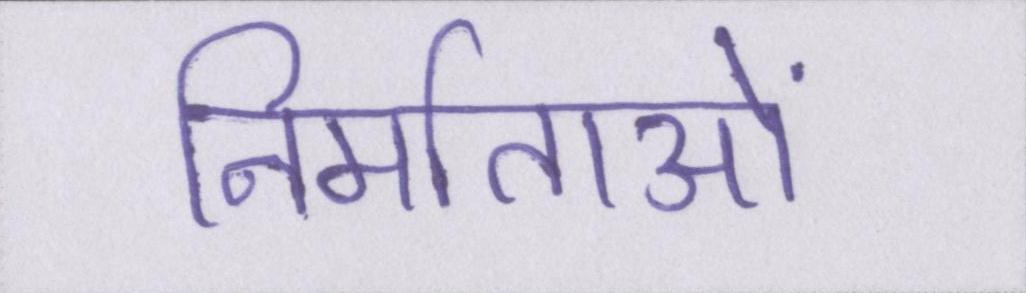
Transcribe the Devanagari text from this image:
निर्माताओं